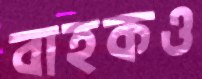
বাহকও